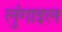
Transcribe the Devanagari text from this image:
लुंगाइल